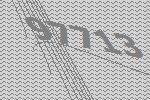
97713